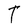
Character: T